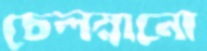
চেলস্নানো